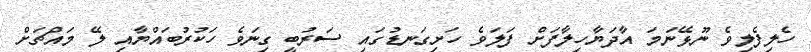
ހެލިފެލިވެ ނޫޅޭނަމަ އާދަޔާހިލާފަށް ފަލަވެ ހަށިގަނޑުގައި ސަރުބީ ގިނަވެ ހަކުރުބައްޔާއި ލޭ މައްޗަށް